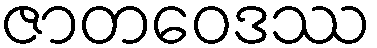
ဇာတဝေဒဿ